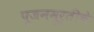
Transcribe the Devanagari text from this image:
पूजनमूर्तीचे